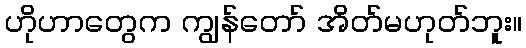
ဟိုဟာတွေက ကျွန်တော် အိတ်မဟုတ်ဘူး။